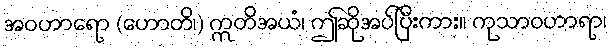
အဝဟာရော (ဟောတိ၊) ဣတိအယံ၊ ဤဆိုအပ်ပြီးကား။ ကုသာဝဟာရာ၊